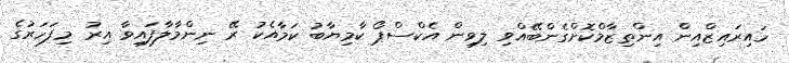
ހައިރައިޒްއިން އިންތިޒާމްކޮށްގެންބޭއްވި ލިވިން އެކްސްޕޯ ކާމިޔާބު ކަމާއެކު ރޭ ނިންމާލާފައިވާ އިރު މިފަހަރުގެ